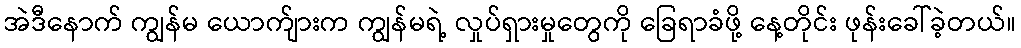
အဲဒီနောက် ကျွန်မ ယောက်ျားက ကျွန်မရဲ့ လှုပ်ရှားမှုတွေကို ခြေရာခံဖို့ နေ့တိုင်း ဖုန်းခေါ်ခဲ့တယ်။